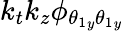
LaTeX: k_{t}k_{z}\phi_{{\theta_{1}}_{y}{\theta_{1}}_{y}}